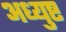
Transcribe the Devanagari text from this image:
अध्युष्ट